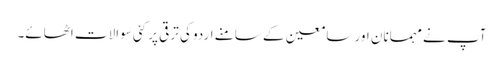
آپ نے مہمانان اور سامعین کے سامنے اردو کی ترقی پر کئی سوالات اٹھائے۔